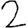
Digit: 2